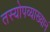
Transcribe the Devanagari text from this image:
तस्योपव्याख्यानं